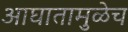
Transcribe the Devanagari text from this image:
आघातामुळेच